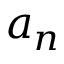
a _ { n }